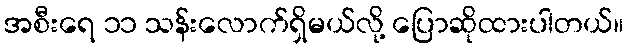
အစီးရေ ၁၁ သန်းလောက်ရှိမယ်လို့ ပြောဆိုထားပါတယ်။